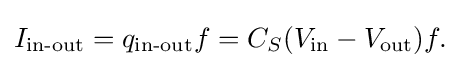
I_{\text{in-out}}=q_{\text{in-out}}f=C_{S}(V_{\text{in}}-V_{\text{out}})f.\